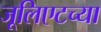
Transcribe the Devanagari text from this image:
जूलिएटच्या